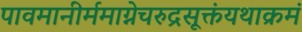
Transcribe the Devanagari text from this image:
पावमानीर्ममाग्नेचरुद्रसूक्तंयथाक्रमं